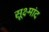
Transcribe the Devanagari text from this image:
सूक्ष्मांद